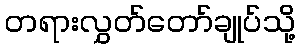
တရားလွှတ်တော်ချုပ်သို့